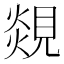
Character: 覢